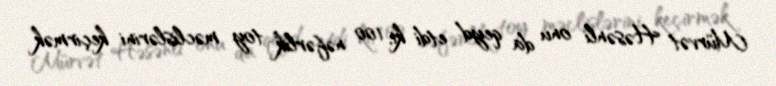
Mürvət Həsənli onu da qeyd etdi ki, 100 nəfərlik toy məclislərini keçirmək